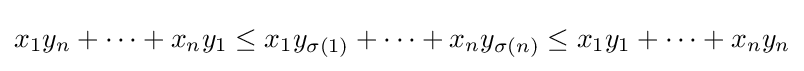
x_{1}y_{n}+\cdots +x_{n}y_{1}\leq x_{1}y_{\sigma (1)}+\cdots +x_{n}y_{\sigma (n)}\leq x_{1}y_{1}+\cdots +x_{n}y_{n}